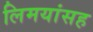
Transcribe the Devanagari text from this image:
लिमयांसह